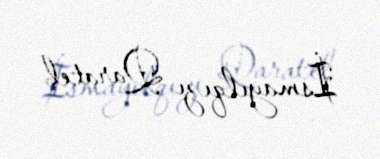
İsmayılqızı Qaratel